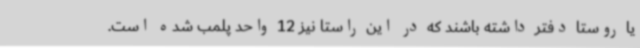
یا روستا دفتر داشته باشند که در این راستا نیز 12 واحد پلمب شده است.